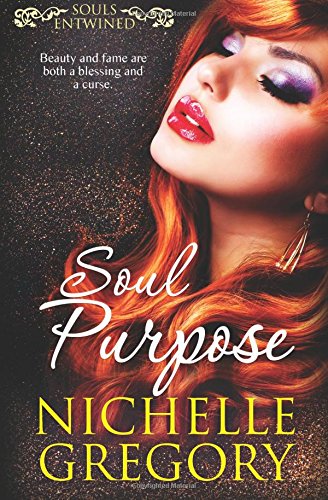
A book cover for Soul Purpose (Souls Entwined) (Volume 4); Nichelle Gregory; Romance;